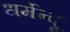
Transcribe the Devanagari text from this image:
धर्मेन्द्र्